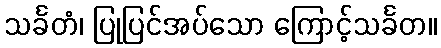
သင်္ခတံ၊ ပြုပြင်အပ်သော ကြောင့်သင်္ခတ။